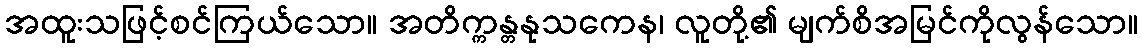
အထူးသဖြင့်စင်ကြယ်သော။ အတိက္ကန္တနုသကေန၊ လူတို့၏ မျက်စိအမြင်ကိုလွန်သော။